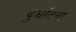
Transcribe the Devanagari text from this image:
दुर्घाटना